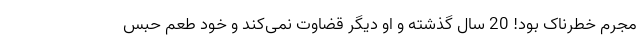
مجرم خطرناک بود! 20 سال گذشته و او دیگر قضاوت نمی‌کند و خود طعم حبس